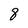
Character: 8